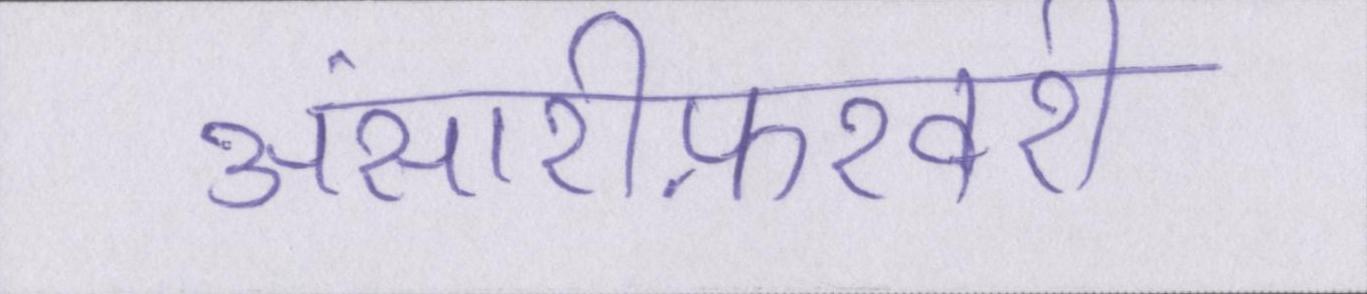
अंसारीफ़रवरी